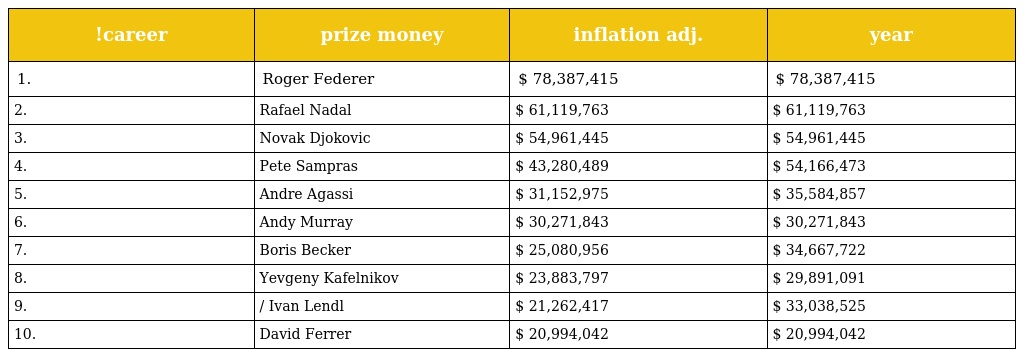
| !career | prize money | inflation adj. | year |
 | --- | --- | --- | --- |
 | 1. | Roger Federer | $ 78,387,415 | $ 78,387,415 |
 | 2. | Rafael Nadal | $ 61,119,763 | $ 61,119,763 |
 | 3. | Novak Djokovic | $ 54,961,445 | $ 54,961,445 |
 | 4. | Pete Sampras | $ 43,280,489 | $ 54,166,473 |
 | 5. | Andre Agassi | $ 31,152,975 | $ 35,584,857 |
 | 6. | Andy Murray | $ 30,271,843 | $ 30,271,843 |
 | 7. | Boris Becker | $ 25,080,956 | $ 34,667,722 |
 | 8. | Yevgeny Kafelnikov | $ 23,883,797 | $ 29,891,091 |
 | 9. | / Ivan Lendl | $ 21,262,417 | $ 33,038,525 |
 | 10. | David Ferrer | $ 20,994,042 | $ 20,994,042 |